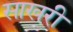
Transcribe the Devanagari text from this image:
साखरी